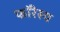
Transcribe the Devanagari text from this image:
फॉरेस्य